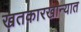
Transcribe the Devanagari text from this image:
खतकारखान्यात